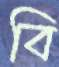
বি